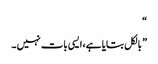
“
” بالکل بتایا ہے، ایسی بات نہیں ۔